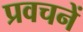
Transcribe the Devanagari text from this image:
प्रवचनें